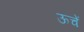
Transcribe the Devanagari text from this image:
ऊचें